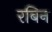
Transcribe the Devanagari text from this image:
रबिन